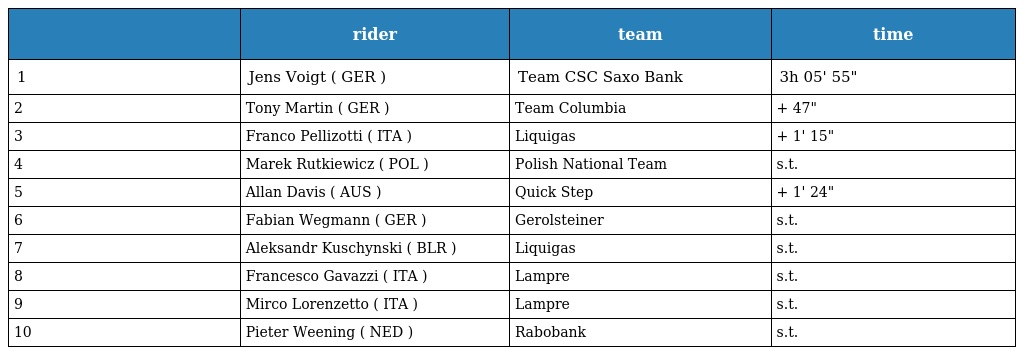
|  | rider | team | time |
 | --- | --- | --- | --- |
 | 1 | Jens Voigt ( GER ) | Team CSC Saxo Bank | 3h 05' 55" |
 | 2 | Tony Martin ( GER ) | Team Columbia | + 47" |
 | 3 | Franco Pellizotti ( ITA ) | Liquigas | + 1' 15" |
 | 4 | Marek Rutkiewicz ( POL ) | Polish National Team | s.t. |
 | 5 | Allan Davis ( AUS ) | Quick Step | + 1' 24" |
 | 6 | Fabian Wegmann ( GER ) | Gerolsteiner | s.t. |
 | 7 | Aleksandr Kuschynski ( BLR ) | Liquigas | s.t. |
 | 8 | Francesco Gavazzi ( ITA ) | Lampre | s.t. |
 | 9 | Mirco Lorenzetto ( ITA ) | Lampre | s.t. |
 | 10 | Pieter Weening ( NED ) | Rabobank | s.t. |